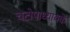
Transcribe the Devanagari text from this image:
चटोपाध्यायके